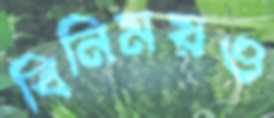
বিনিময়ও